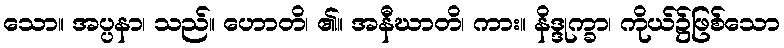
သော။ အပ္ပနာ၊ သည်။ ဟောတိ၊ ၏။ အနီဃာတိ၊ ကား။ နိဒ္ဒုက္ခာ၊ ကိုယ်၌ဖြစ်သော